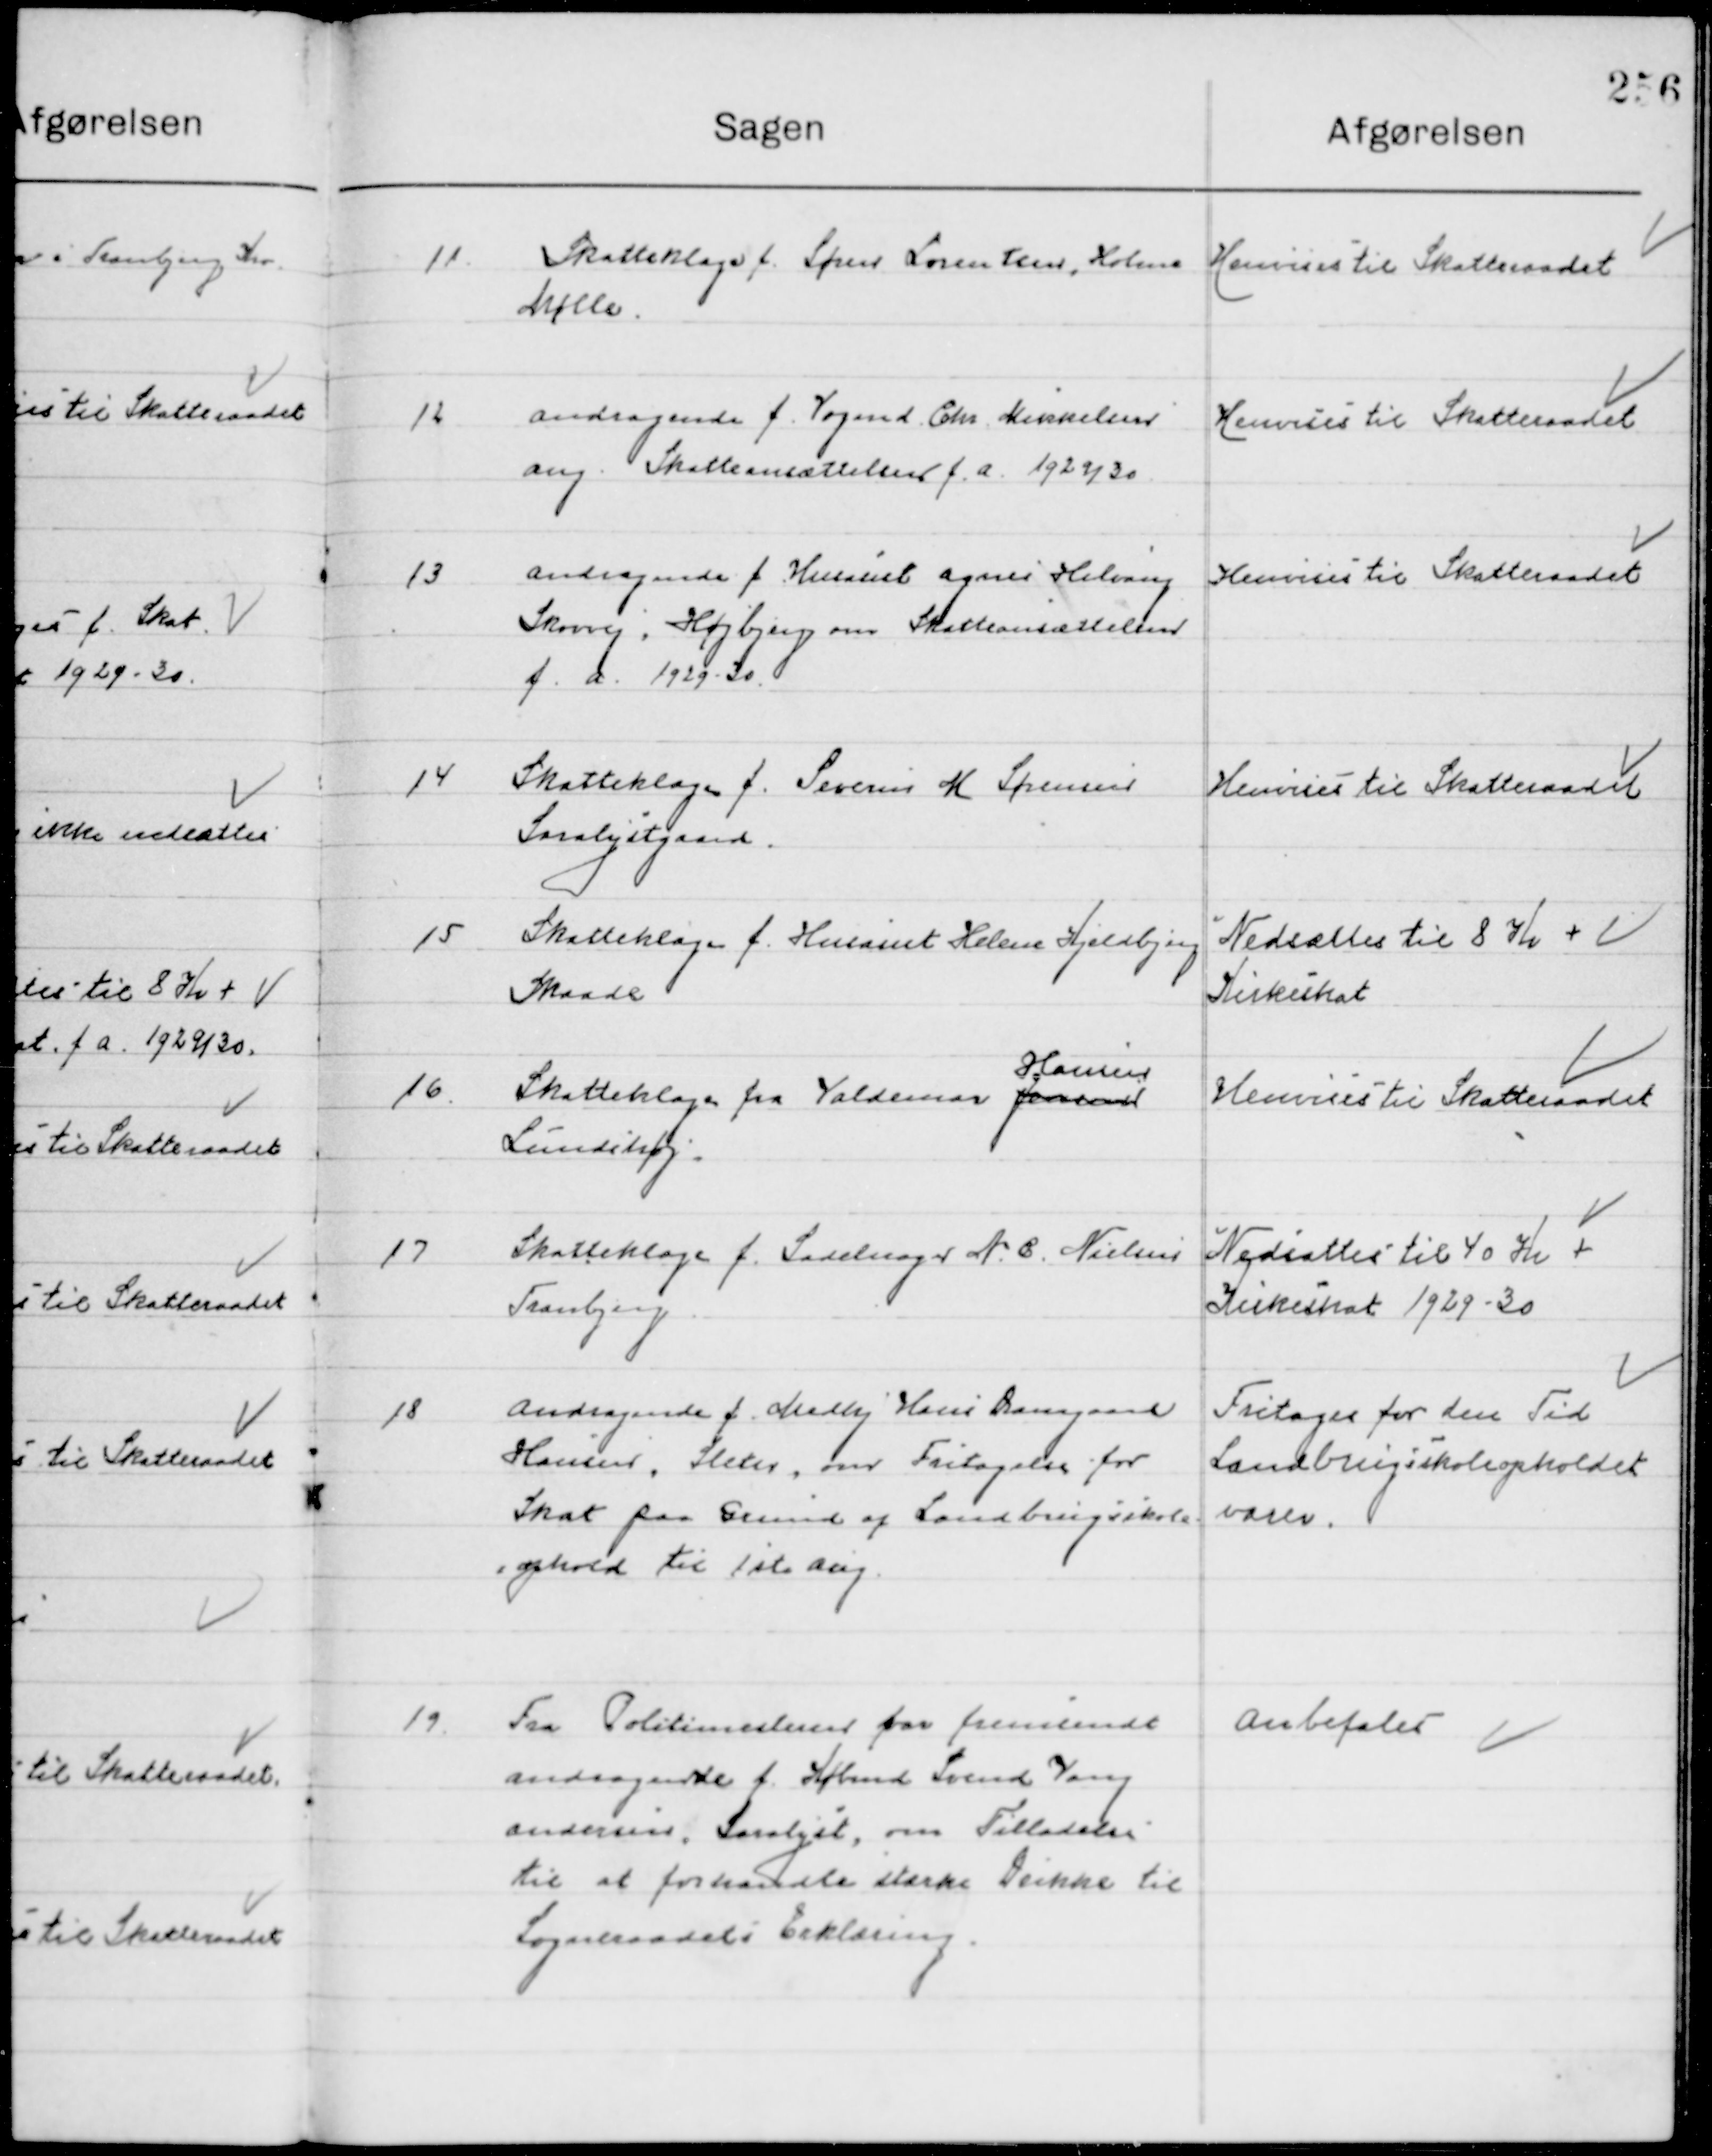
Transskription:
11

Skatteklage f. Søren Sørensen, Holme
Mølle

Henvises til Skatteraadet

12

Andragende f. Vognmand Chr. Mikkelsen 
Ang. Skattenedsættelse f. a. 1929/30

Henvises til Skatteraadet

13

Andragende f. Husassist. Agnes Helvang
Skovvej Højbjerg om Skattenedsættelse 
f. a. 1929/30

Henvises til Skatteraadet

14

Skatteklage f. Severin H. Sørensen
Saralystgaard.

Henvises til Skatteraadet

15

Skatteklage f. Husassist. Helene Kjeldbjerg
Skaade

Nedsættes til 8 Kr. +
Kirkeskat

16

Skatteklage f. Valdemar Jensen
Hansen
Lundshøj

Henvises til Skatteraadet

17

Skatteklage f. Sadelmager N. B. Nielsen
Tranbjerg

Nedsættes til 4 Kr. +
Kirkeskat 1929/30

18

Andragende f. Medhj. Hans Damgaard
Hansen, Sleter om fritagelse for
Skat paa Grund af Landbrugsskole 
ophold til 1st Maj

Fritages for den Tid
Landbrug skoleopholdet 
varer

19

Fra Politimesteren for fremsendt
Andragende f. Købmand Svend Vang
Andersen, Saralyst, om Tilladelse
til at forhandle stærke Drikke til
Sogneraadets Erklæring

Anbefales